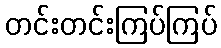
တင်းတင်းကြပ်ကြပ်